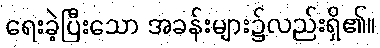
ရေးခဲ့ပြီးသော အခန်းများ၌လည်းရှိ၏။